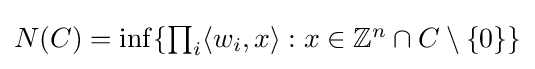
\textstyle N(C)=\inf\{\prod _{i}\langle w_{i},x\rangle :x\in \mathbb {Z} ^{n}\cap C\setminus \{0\}\}